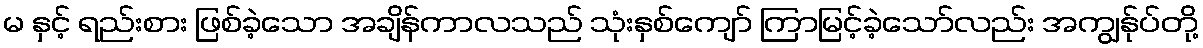
မ နှင့် ရည်းစား ဖြစ်ခဲ့သော အချိန်ကာလသည် သုံးနှစ်ကျော် ကြာမြင့်ခဲ့သော်လည်း အကျွန်ုပ်တို့